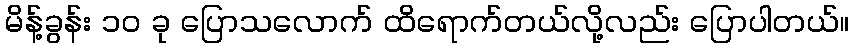
မိန့်ခွန်း ၁၀ ခု ပြောသလောက် ထိရောက်တယ်လို့လည်း ပြောပါတယ်။